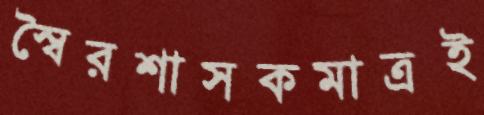
স্বৈরশাসকমাত্রই